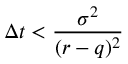
\Delta t < { \frac { \sigma ^ { 2 } } { ( r - q ) ^ { 2 } } }